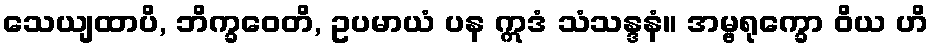
သေယျထာပိ, ဘိက္ခဝေတိ, ဥပမာယံ ပန ဣဒံ သံသန္ဒနံ။ အမ္ဗရုက္ခော ဝိယ ဟိ